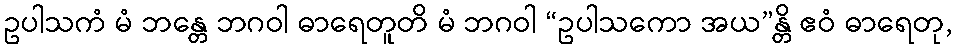
ဥပါသကံ မံ ဘန္တေ ဘဂဝါ ဓာရေတူတိ မံ ဘဂဝါ “ဥပါသကော အယ”န္တိ ဧဝံ ဓာရေတု,